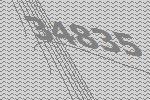
34835